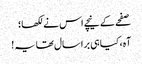
صفحے کے نیچے اس نے لکھا؛
آہ، کیا ہی برا سال تھا یہ !